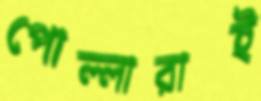
পোল্লারাই